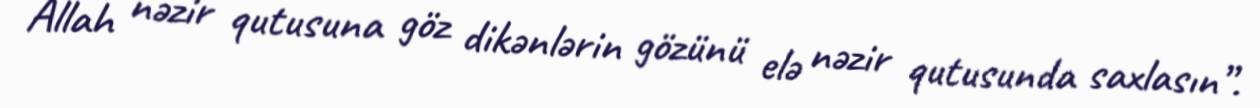
Allah nəzir qutusuna göz dikənlərin gözünü elə nəzir qutusunda saxlasın”.